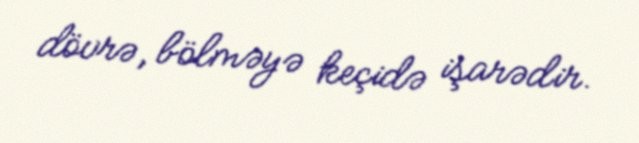
dövrə, bölməyə keçidə işarədir.